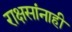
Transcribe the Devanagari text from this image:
राक्षसांनाही